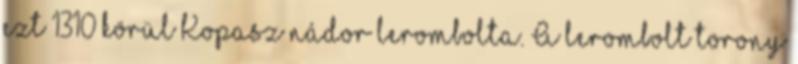
ezt 1310 körül Kopasz nádor lerombolta. A lerombolt torony